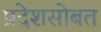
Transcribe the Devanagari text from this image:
प्रदेशसोबत